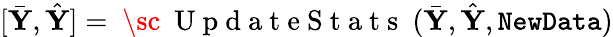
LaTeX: [\bar{\mathbf Y},\hat{\mathbf Y}]=\mathrm{~\sc~{~U~p~d~a~t~e~S~t~a~t~s~}~}(\bar{\mathbf Y},\hat{\mathbf Y},\mathtt{NewData})